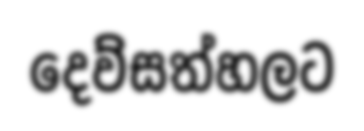
දෙව්සත්හලට